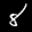
Label: 8